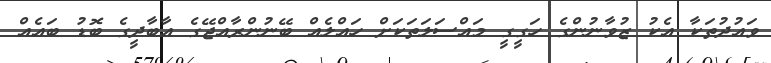
ވައުދުތަކާ އެކު ޒުވާނުންގެ ހަގީގީ މައްސަލަތަކަށް ހައްލެއް ބޭނުންރާއްޖޭގެ އާބާދީގެ ބޮޑު ބައެއް